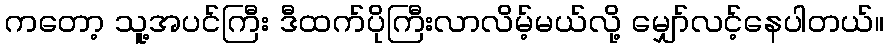
ကတော့ သူ့အပင်ကြီး ဒီထက်ပိုကြီးလာလိမ့်မယ်လို့ မျှော်လင့်နေပါတယ်။